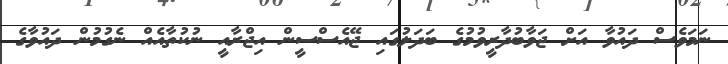
ނަމަވެސް ދައުވާ އަށް ޖަވާބުދާރީވުމުގެ ބަދަލުގައި ޖޭއެސްސީން އިޖްރާއީ ނުކުތާއެއް ނެގުމުން ދައުވާގެ